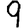
Digit: 9